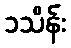
၁သိန်း